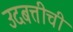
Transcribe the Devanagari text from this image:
उदबत्तीची